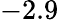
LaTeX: -2.9